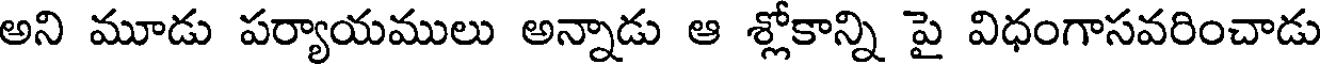
అని మూడు పర్యాయములు అన్నాడు ఆ శ్లోకాన్ని పై విధంగాసవరించాడు